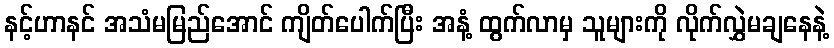
နင့်ဟာနင် အသံမမြည်အောင် ကျိတ်ပေါက်ပြီး အနံ့ ထွက်လာမှ သူများကို လိုက်လွှဲမချနေနဲ့